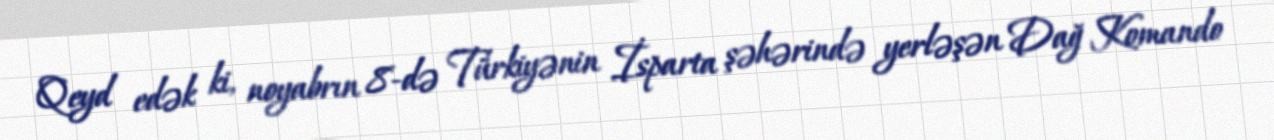
Qeyd edək ki, noyabrın 8-də Türkiyənin İsparta şəhərində yerləşən Dağ Komando